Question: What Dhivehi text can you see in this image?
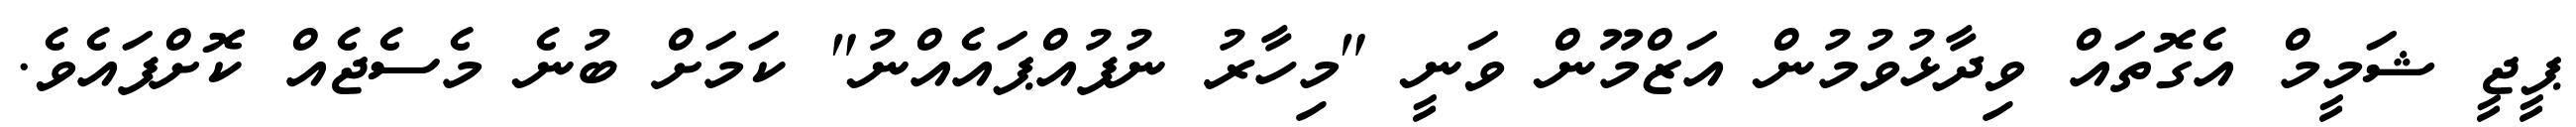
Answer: ޕީޖީ ޝަމީމް އެގޮތައް ވިދާޅުވުމުން އަޒްމޫން ވަނީ "މިހާރު ނުފުއްޕައެއްނު" ކަމަށް ބުނެ މެސެޖެއް ކޮށްފައެވެ.